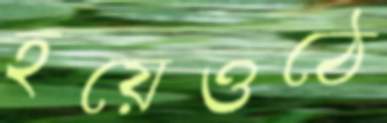
হয়েওঠে